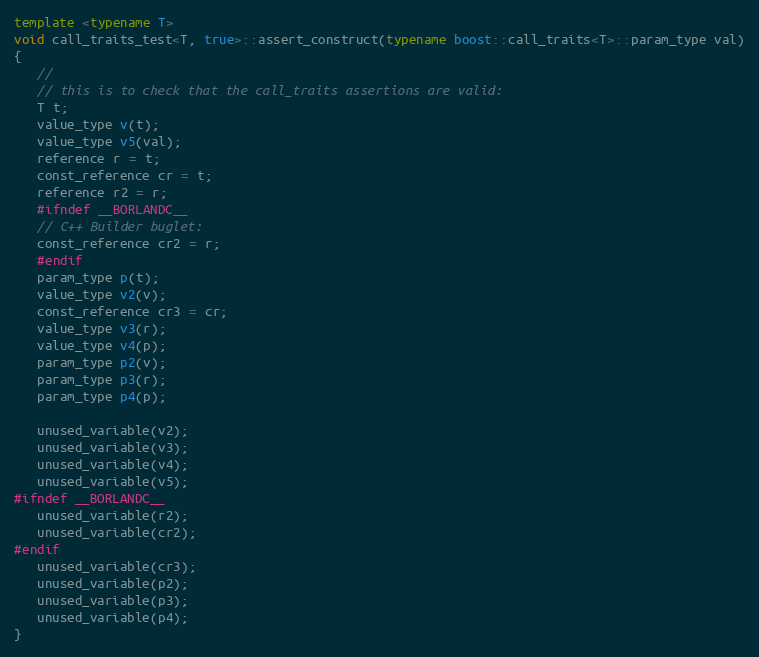
Language: C++
template <typename T>
void call_traits_test<T, true>::assert_construct(typename boost::call_traits<T>::param_type val)
{
   //
   // this is to check that the call_traits assertions are valid:
   T t;
   value_type v(t);
   value_type v5(val);
   reference r = t;
   const_reference cr = t;
   reference r2 = r;
   #ifndef __BORLANDC__
   // C++ Builder buglet:
   const_reference cr2 = r;
   #endif
   param_type p(t);
   value_type v2(v);
   const_reference cr3 = cr;
   value_type v3(r);
   value_type v4(p);
   param_type p2(v);
   param_type p3(r);
   param_type p4(p);

   unused_variable(v2);
   unused_variable(v3);
   unused_variable(v4);
   unused_variable(v5);
#ifndef __BORLANDC__
   unused_variable(r2);
   unused_variable(cr2);
#endif
   unused_variable(cr3);
   unused_variable(p2);
   unused_variable(p3);
   unused_variable(p4);
}